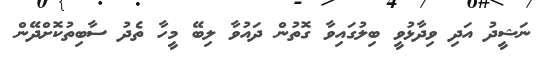
ނަޝީދު އަދި ވިދާޅުވީ ބިލުގައިވާ ގޮތުން ދައުވާ ލިބޭ މީހާ ތެދު ސާބިތުކޮށްދޭން